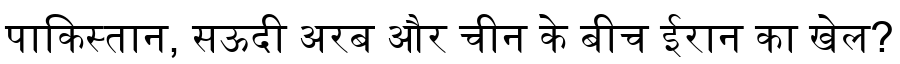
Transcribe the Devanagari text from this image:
पाकिस्तान, सऊदी अरब और चीन के बीच ईरान का खेल?